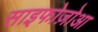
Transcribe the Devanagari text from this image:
साइफोज़ोआ